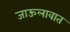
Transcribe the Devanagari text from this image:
जाऊलावात